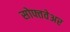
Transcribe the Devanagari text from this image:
सोफ्तवेअर